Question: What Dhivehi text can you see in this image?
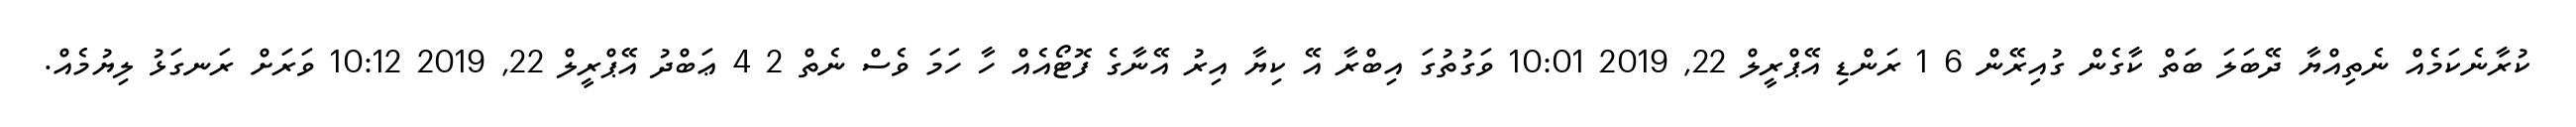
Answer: ކުރާނެކަމެއް ނެތިއްޔާ ދޭބަލަ ބަތް ކާގެން ގުއިރޭން 6 1 ރަންޑި އޭޕްރީލް 22, 2019 10:01 ވަގުތުގަ އިބްރާ އޭ ކިޔާ އިރު އޭނާގެ ފޮޓޯއެއް ހާ ހަމަ ވެސް ނެތް 2 4 ޢަބްދު އޭޕްރީލް 22, 2019 10:12 ވަރަށް ރަނގަޅު ލިޔުމެއް.